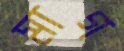
মাগ